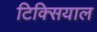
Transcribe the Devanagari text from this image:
टिक्सियाल